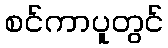
စင်ကာပူတွင်